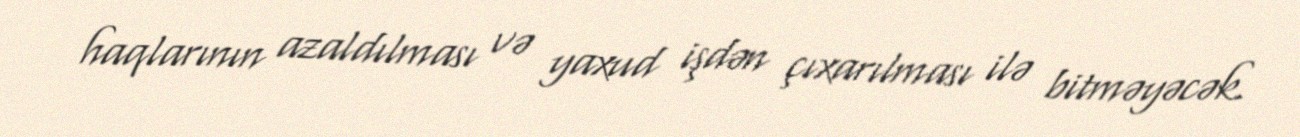
haqlarının azaldılması və yaxud işdən çıxarılması ilə bitməyəcək.